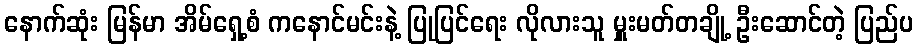
နောက်ဆုံး မြန်မာ အိမ်ရှေ့စံ ကနောင်မင်းနဲ့ ပြုပြင်ရေး လိုလားသူ မှူးမတ်တချို့ ဦးဆောင်တဲ့ ပြည်ပ